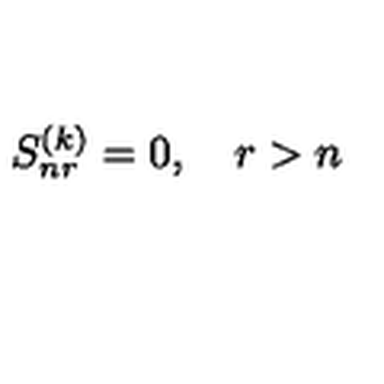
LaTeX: S _ { n r } ^ { ( k ) } = 0 , \quad r > n